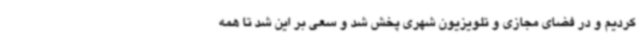
کردیم و در فضای مجازی و تلویزیون شهری پخش شد و سعی بر این شد تا همه